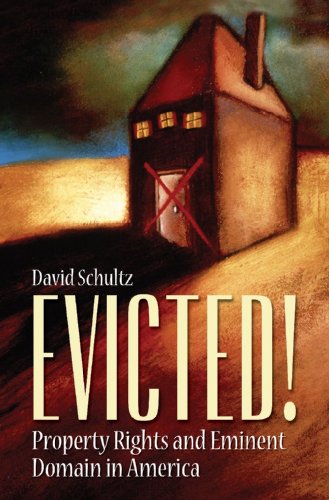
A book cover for Evicted!: Property Rights and Eminent Domain in America; David Schultz; Law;